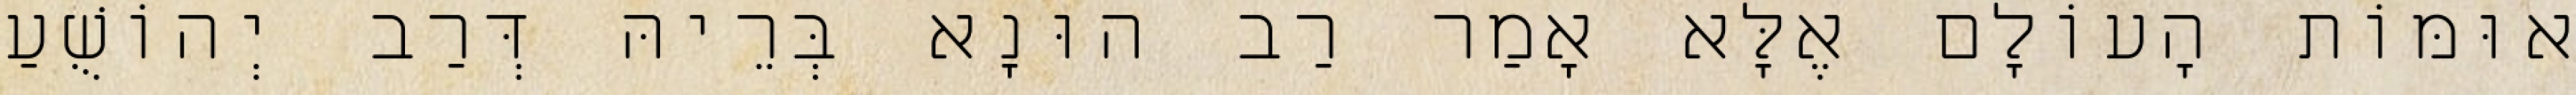
אוּמּוֹת הָעוֹלָם אֶלָּא אָמַר רַב הוּנָא בְּרֵיהּ דְּרַב יְהוֹשֻׁעַ